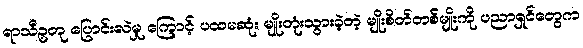
ရာသီဥတု ပြောင်းလဲမှု ကြောင့် ပထမဆုံး မျိုးတုံးသွားခဲ့တဲ့ မျိုးစိတ်တစ်မျိုးကို ပညာရှင်တွေက